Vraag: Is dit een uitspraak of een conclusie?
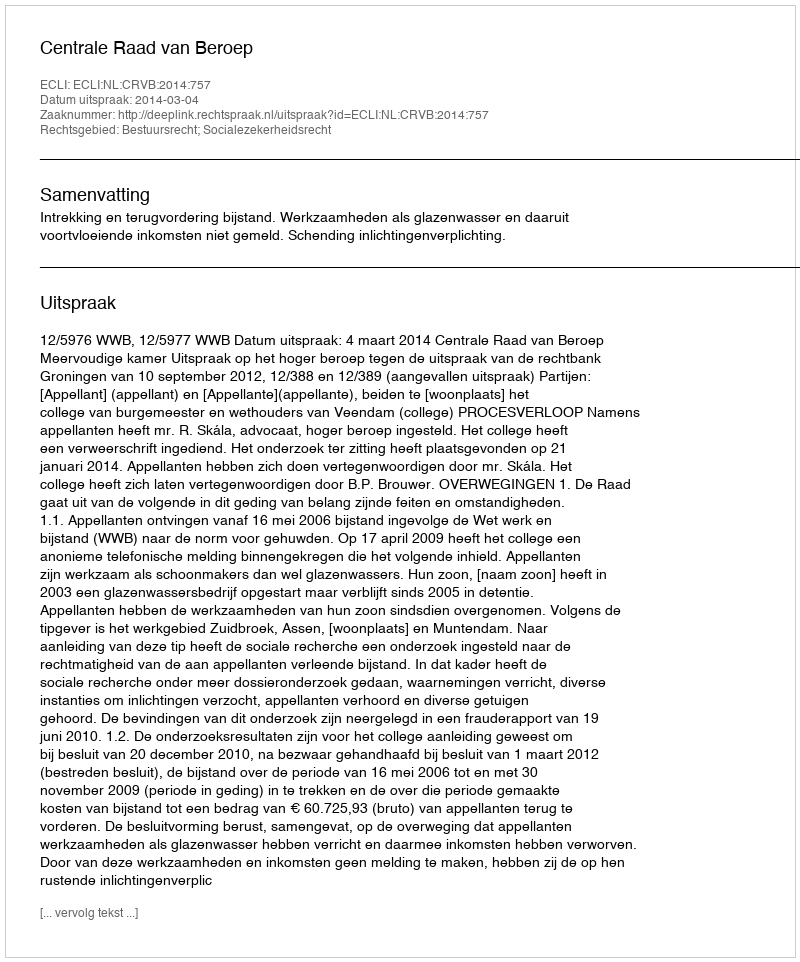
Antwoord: Uitspraak